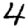
Digit: 4